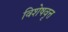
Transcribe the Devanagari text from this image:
विशेषवृत्त